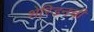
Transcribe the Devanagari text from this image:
शेरिडनची